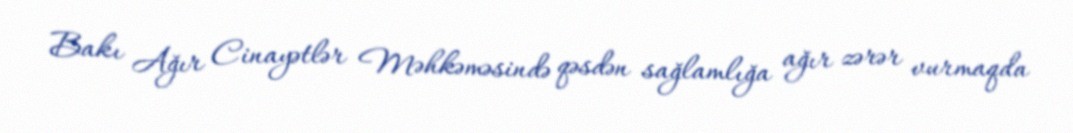
Bakı Ağır Cinayətlər Məhkəməsində qəsdən sağlamlığa ağır zərər vurmaqda